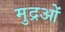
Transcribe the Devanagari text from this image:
मुद्रओं